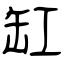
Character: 缸